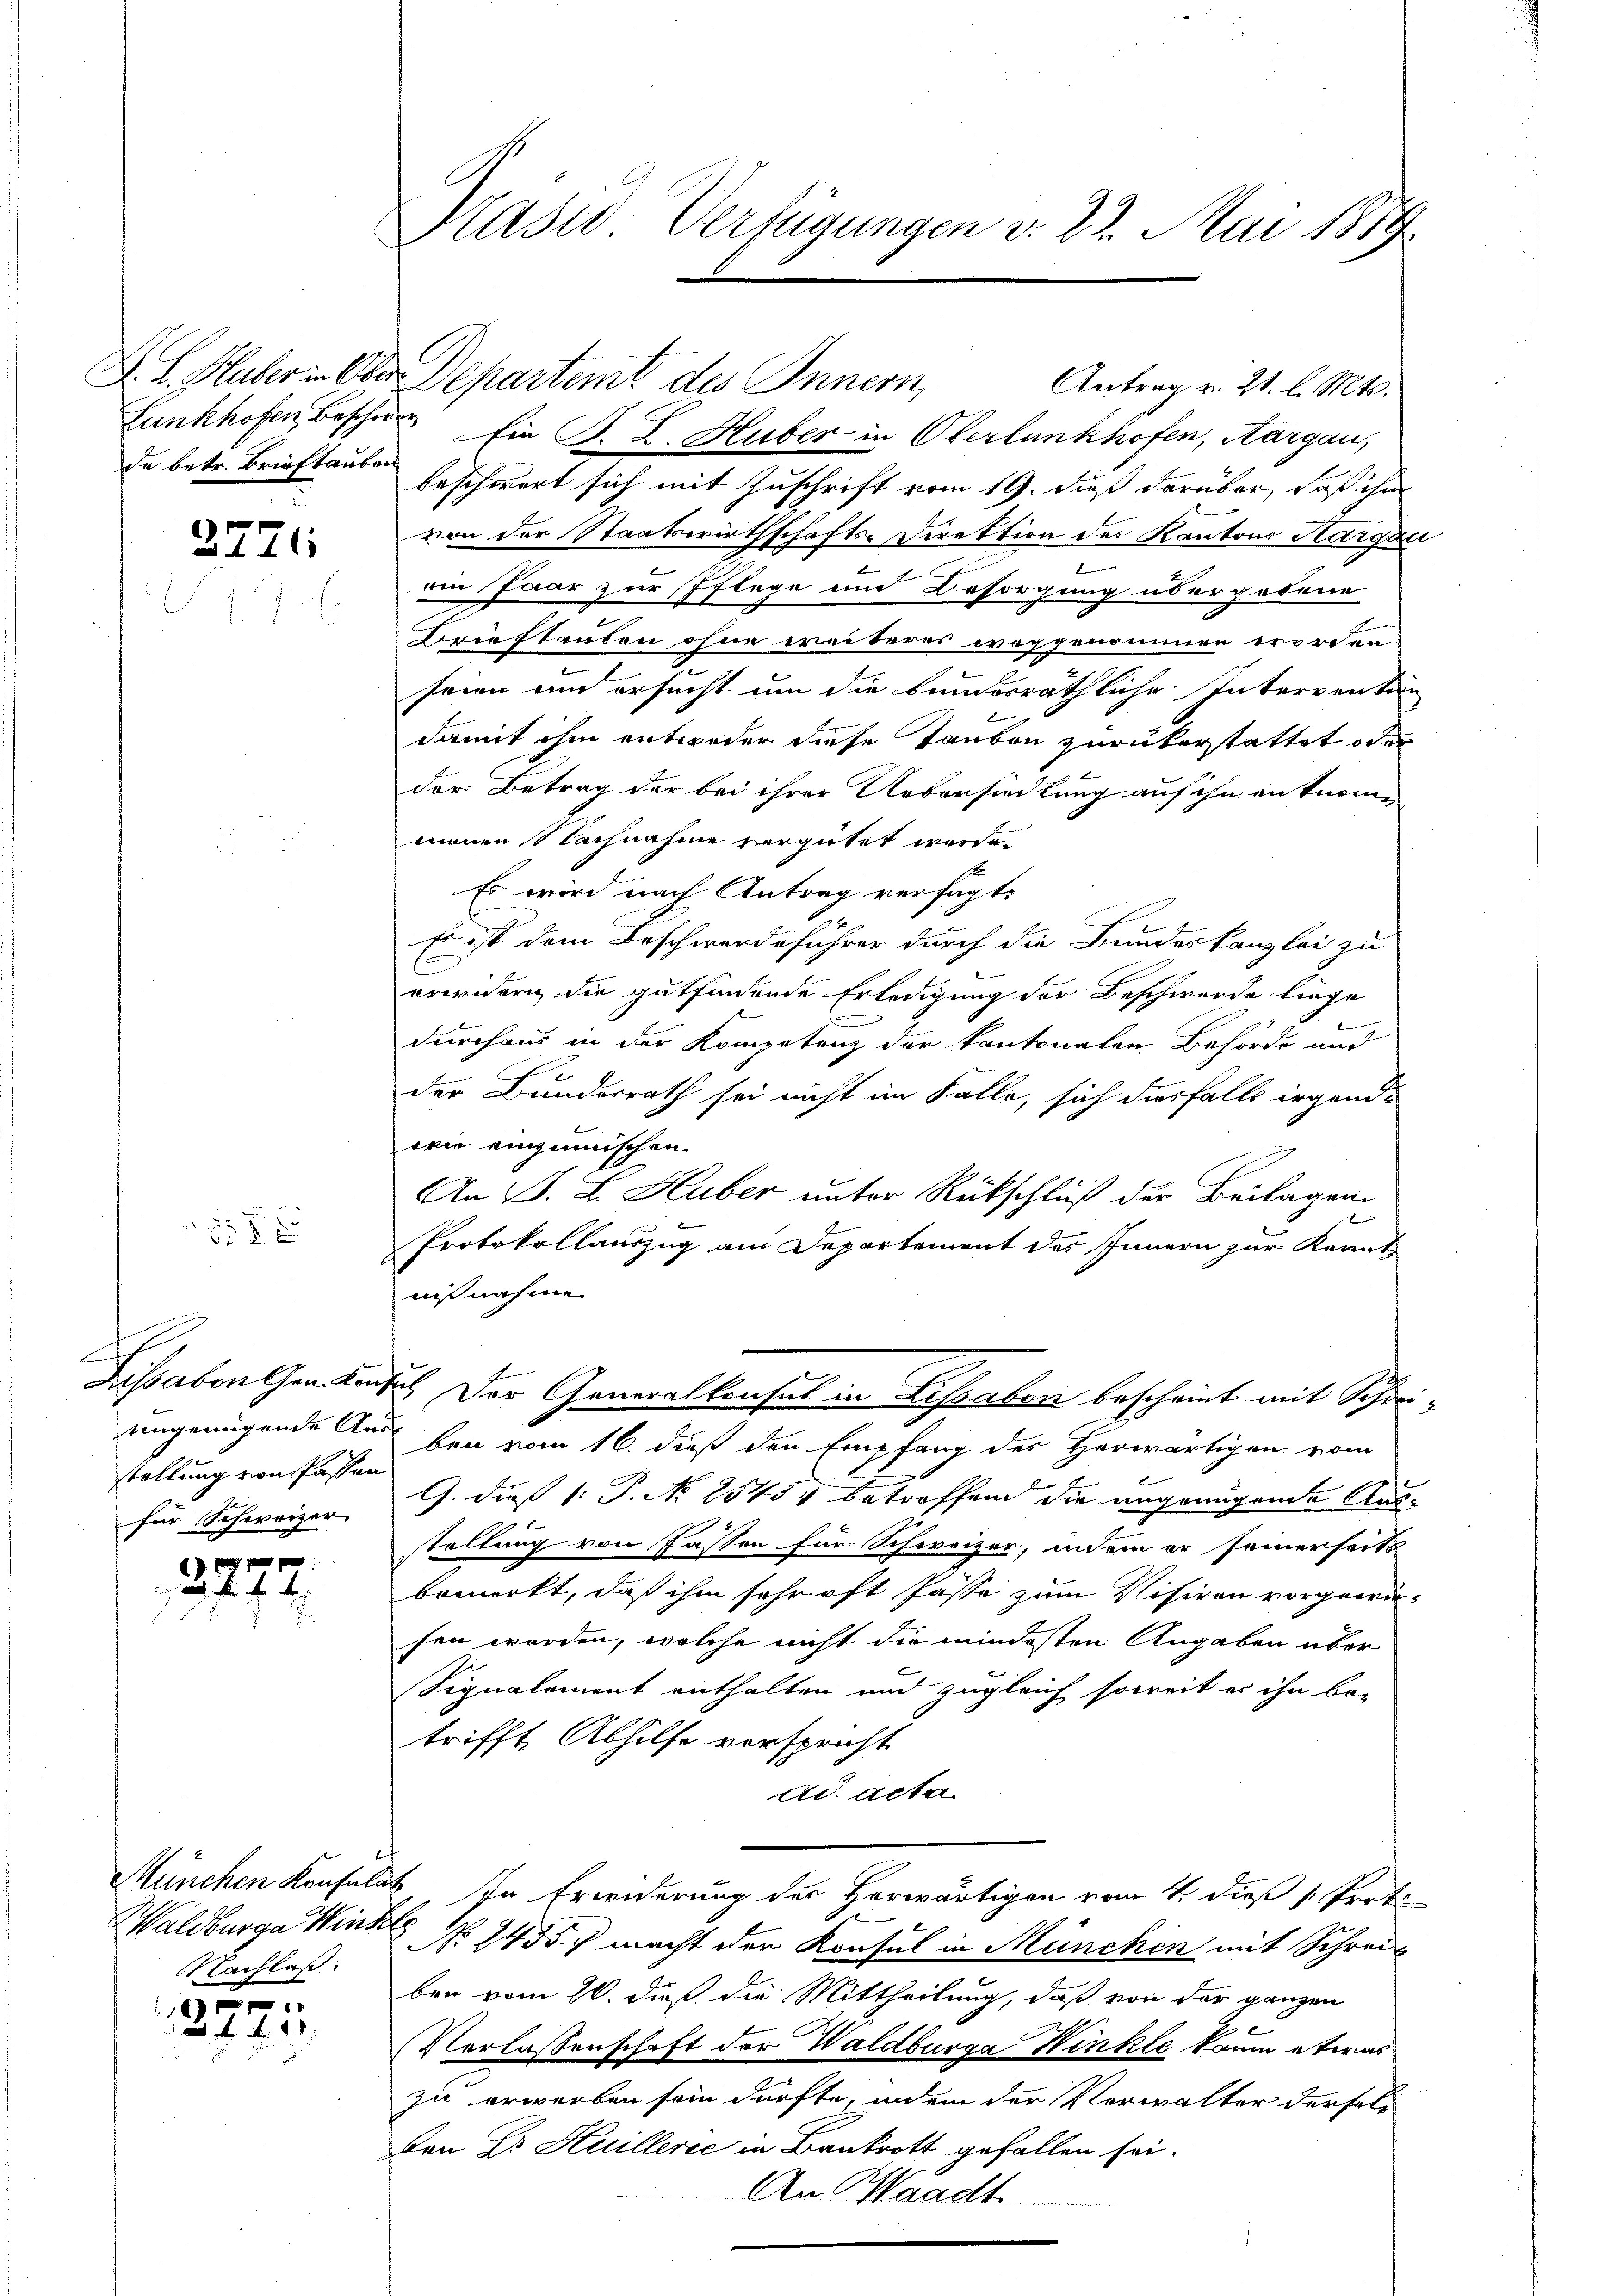
da betr. Brieftauben

2771

f 8 x

A
stellung von Passen
für Schweizer

1 f 0 x
 . . . de

Waldburg Winkl
Nachlaß

1 x
34. 42

Lunkhofen beschen Ein B. L. Huber in Oberbunkhofen, Aargau,
beschwert sich mit Zuschrift vom 19. dieß darüber, daß ihm
von der Staatswirthschafts-Direktion des Kantons Aargau
ain Paar zur Pflege und Besorgung übergebene
Brieflauben ohne weiteres weggenommen worden
seien ein ersucht um die bundesräthliche Interventan
damit ihm entweder diese Tauben zurükerstattet oder
der Betrag der bei ihrer Uebersiedlung auf ihn entnommeinen Nachnahme vergütet werde.
Es wird nach Antrag versagt:
Es ist dem Beschwerdeführer durch die Bundeskanzlei zu
erwidern die gutfindende Erledigung der Beschwerde liege
durchaus in der Kompetenz der kantonalen Behörde und
.
der Bunderrath sei nicht im Falle, sich diesfalls irgend-
wie einzumischen
An J. L. Huber unter Rückschluß der Beilagen
u
Protokollauszug aus Departement des Innern zur Kenntnißnahme
Lissaben Genaus. Der Generalkonsul in Lisaben bescheint mit Schreiungenügende Aus den vom 16. dieß den Empfang der Herwärtigen vom
G. die 1. P. No 1545 betroffend die ungenügende Ausstellung von Passen für Schweizer, indem er seinerseits
bemerkt, daß ihm sehr oft Pässe zum Visiren vorgewiesen werden, welche nicht die mindesten Angaben über
Signalement enthalten und zugleich soweit er ihn be-
trifft, Abhilfe verspricht
dd acta
München Konsulat in Erwiderung des Herwärtigen vom 4. dieß 1. Proto
No 1435 macht den Konsul in München mit Schreiben vom 20. dieß die Mittheilung, daß von der ganzen
e
Verlassenschaft der Waldburga Hinkte kaum etwas
zu erwerben sein dürfte, indem der Verwalter derselden Dr. Huillerie in Bankrott gefallen sei.
An Waadt.

Kasio Verfügungen v. 23. Mai 1889.

D. L. Huber in Ober Departemt des Innern,
Antrag v. 21. l. Mts.